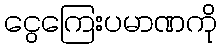
ငွေကြေးပမာဏကို